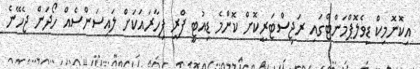
އިކޮނޮމިކް ޑިވެލޮޕްމަންޓްގައި ރަޖިސްޓަރީކޮށް ކޮންމެ ޑިއުޓީ ފްރީ ފިހާރައަކަށް ލައިސަންސެއް ހޯދަން ޖެހޭނެ